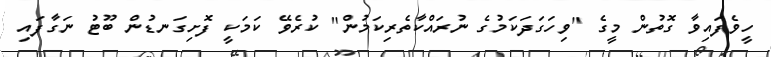
ހީވެފައިވާ ގޮތުން މީގެ "ވިހަގަދަކަމުގެ ނުރައްކާތެރިކަމުން" ކުރެވޭ ކަމަކީ ފޮށިގަނޑުން ބޫޓު ނަގާފައި